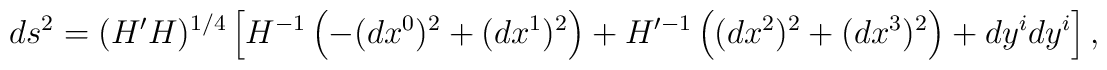
d s^2 = (H' H)^{1/4} \left[ H^{ - 1} \left( - (d x^0)^2 + (d x^1)^2\right) +  H'^{- 1}\left( (d x^2)^2 + (d x^3)^2 \right) + d y^i d y^i \right],